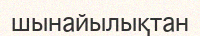
шынайылықтан